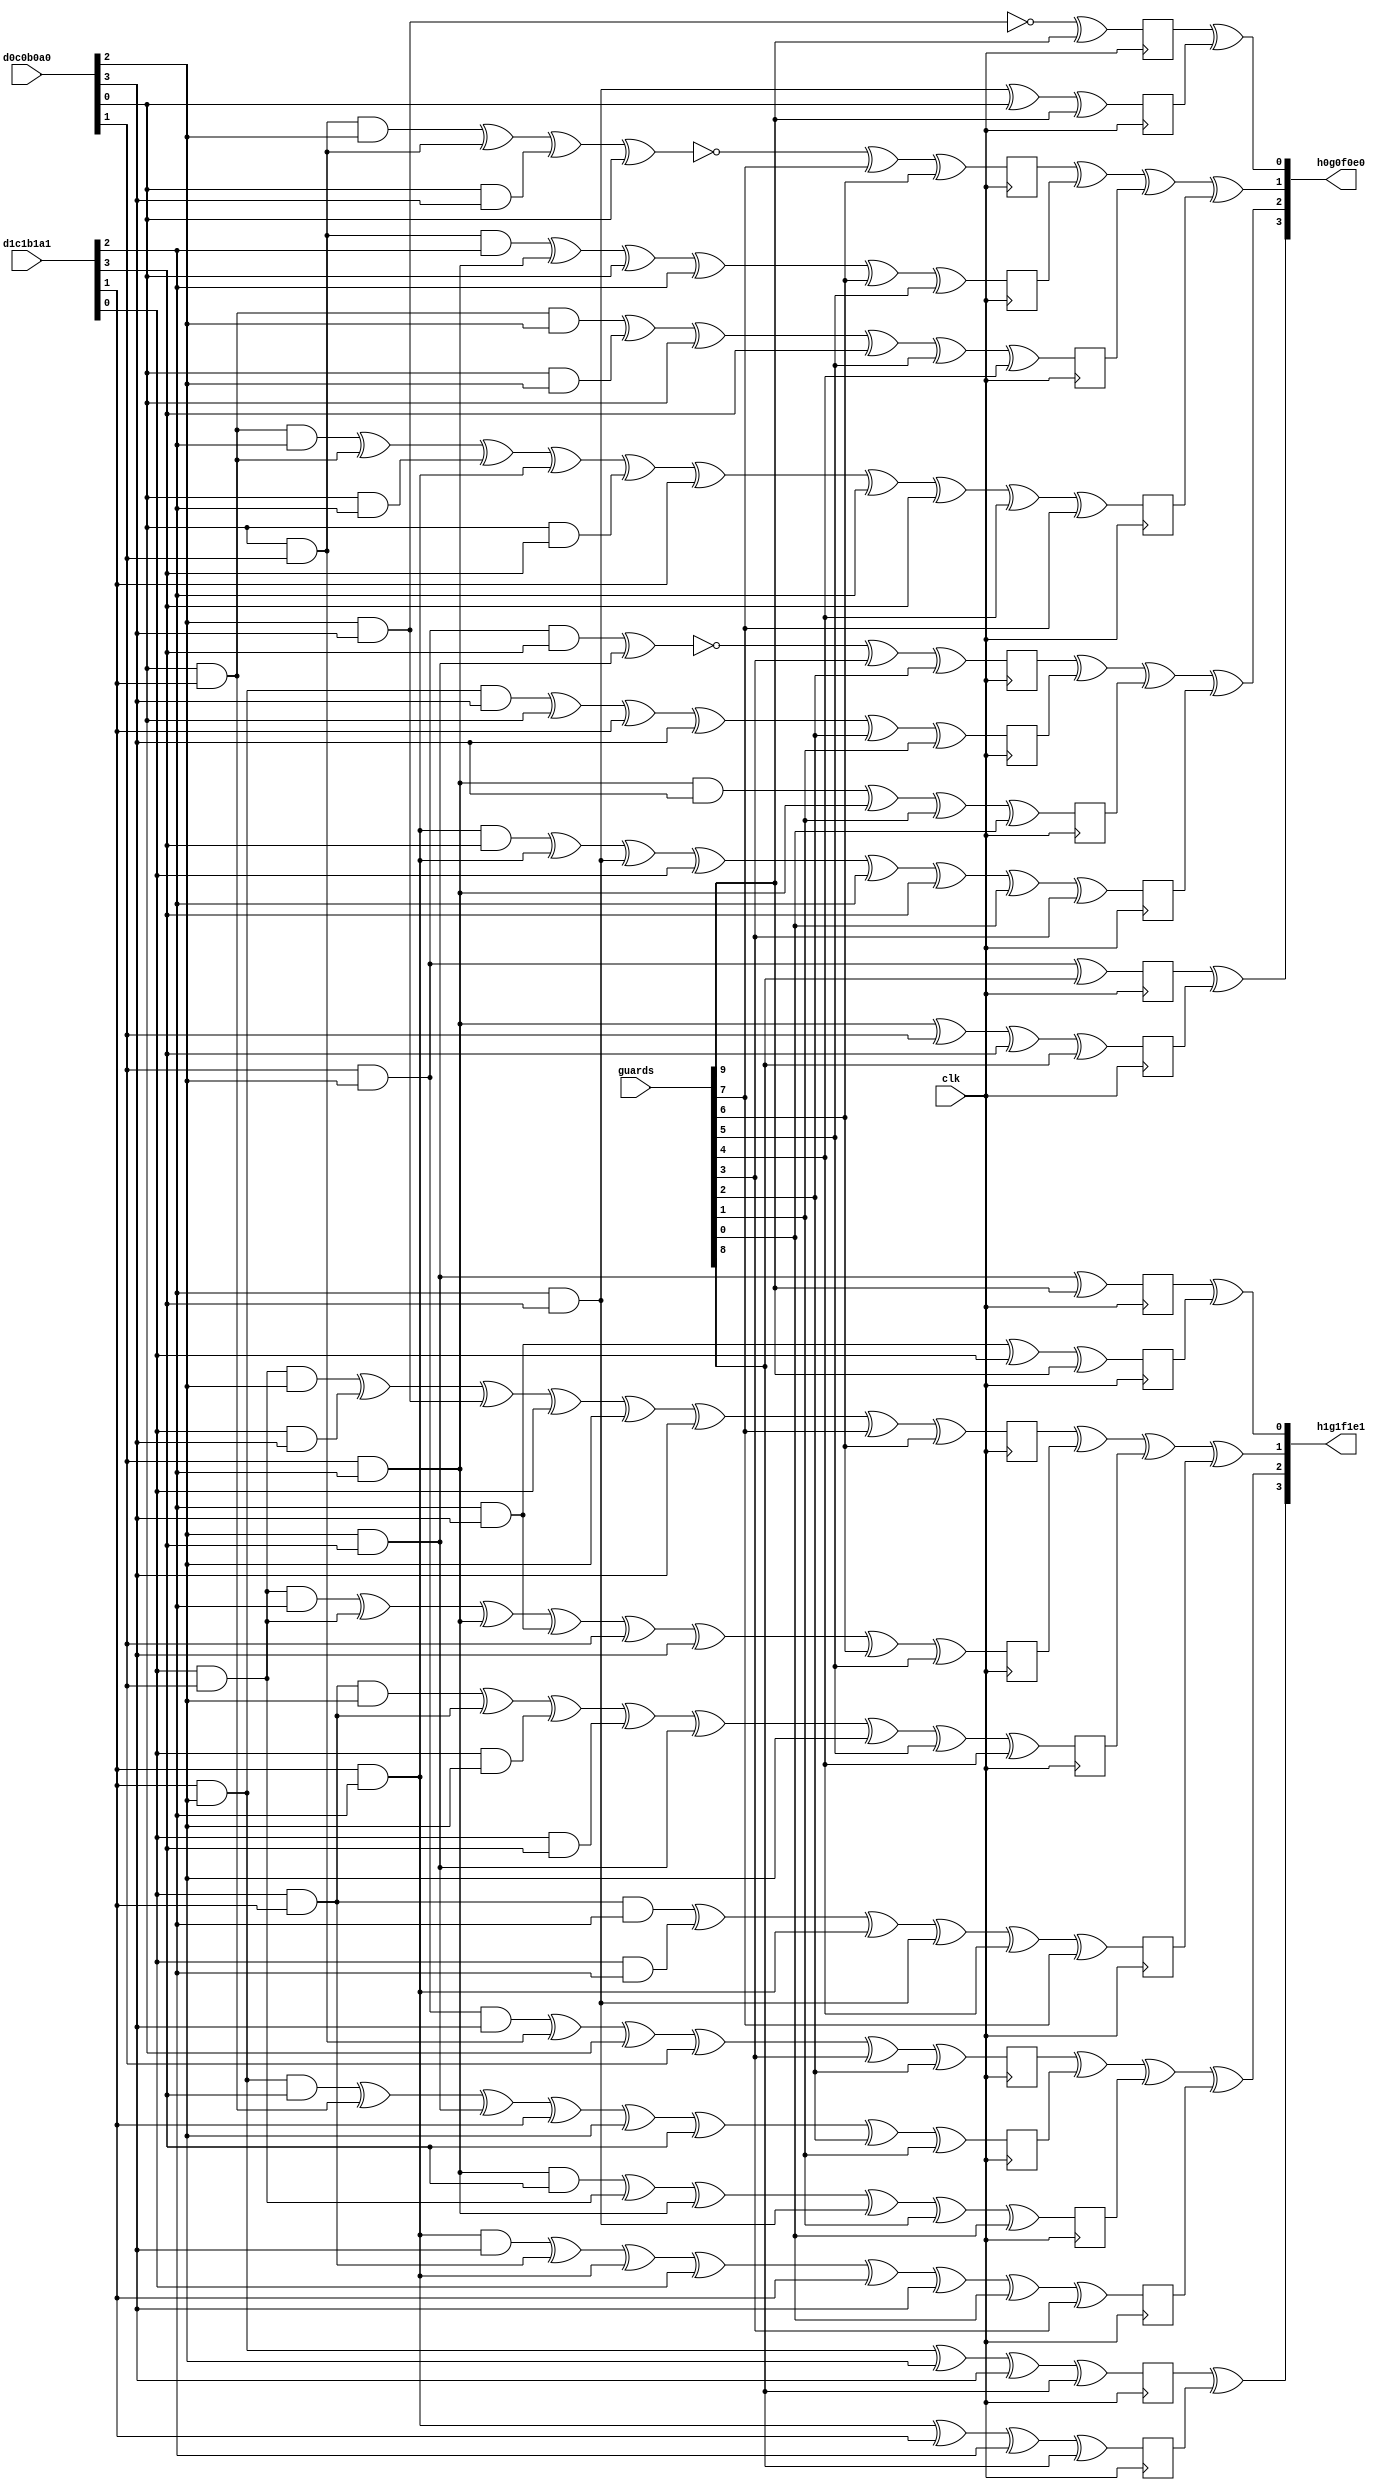
`timescale 1ns / 1ps
//////////////////////////////////////////////////////////////////////////////////
// Company: 
// Engineer: 
// 
// Design Name: 
// Module Name:    SharedSbox 
// Project Name: 
// Target Devices: 
// Tool versions: 
// Description: 
//
// Dependencies: 
//
// Revision: 
// Revision 0.01 - File Created
// Additional Comments: 
//
//////////////////////////////////////////////////////////////////////////////////
module SharedSbox(
	input				clk,
	
	input	[03:00]		d0c0b0a0,
	input	[03:00]		d1c1b1a1,
	
	input	[09:00]		guards,
	
	output	[03:00]		h0g0f0e0,
	output	[03:00]		h1g1f1e1
    );
	
	// intermediate
	wire 				d0, d1;
	wire 				c0, c1;
	wire 				b0, b1;
	wire 				a0, a1;
	
	wire				e0, e1, e2, e3;
	
	wire				f0, f1, f2, f3;
	wire				f4, f5, f6, f7;
	
	wire				g0, g1, g2, g3;
	wire				g4, g5, g6, g7;
	
	wire				h0, h1, h2, h3;
	
	reg					e0_r, e1_r, e2_r, e3_r;
	
	reg					f0_r, f1_r, f2_r, f3_r;
	reg					f4_r, f5_r, f6_r, f7_r;
	
	reg					g0_r, g1_r, g2_r, g3_r;
	reg					g4_r, g5_r, g6_r, g7_r;
	
	reg					h0_r, h1_r, h2_r, h3_r;
	
	wire				e0e1, e2e3;
	wire				f0f1f2f3, f4f5f6f7;
	wire				g0g1g2g3, g4g5g6g7;
	wire				h0h1, h2h3;
	
	wire 				rj;
	wire 				ri;
					
	wire 				rh;
	wire 				rg;
	wire 				rf;
	wire 				re;
					
	wire 				rd;
	wire 				rc;
	wire 				rb;
	wire 				ra;
	
	assign rj = guards[9];
	assign ri = guards[8];
	
	assign rh = guards[7];
	assign rg = guards[6];
	assign rf = guards[5];
	assign re = guards[4];
	
	assign rd = guards[3];
	assign rc = guards[2];
	assign rb = guards[1];
	assign ra = guards[0];
	
	assign d0 = d0c0b0a0[3];
	assign c0 = d0c0b0a0[2];
	assign b0 = d0c0b0a0[1];
	assign a0 = d0c0b0a0[0];
	
	assign d1 = d1c1b1a1[3];
	assign c1 = d1c1b1a1[2];
	assign b1 = d1c1b1a1[1];
	assign a1 = d1c1b1a1[0];
	
	assign e0 = (c0 & d0) ^ 1'b1 ^ rj;
	assign e1 = (c1 & d1) ^ a0   ^ rj;
	assign e2 = (c0 & d1)        ^ rj;
	assign e3 = (c1 & d0) ^ a1   ^ rj;
	
	assign f0 = (a0 & b0 & c0) ^ (a0 & b0) ^ (a0 & d0)                         ^ a0 ^ 1'b1    ^ rh ^ rg;
	assign f1 = (a0 & b0 & c1)                         ^ (b0 & c1)             ^ a0 ^ c1      ^ rg ^ rf;
	assign f2 = (a0 & b1 & c0)             ^ (a0 & c0)                         ^ a0 ^ d1      ^ rf ^ re;
	assign f3 = (a0 & b1 & c1) ^ (a0 & b1) ^ (a0 & c1) ^ (b1 & c1) ^ (a0 & d1) ^ b1 ^ c1 ^ d1 ^ re ^ rh;
	
	assign f4 = (a1 & b0 & c0) ^ (a1 & d0) ^ (c0 & d0) 						   ^ a1 ^ c0 ^ d0 ^ rh ^ rg;
	assign f5 = (a1 & b0 & c1) ^ (a1 & b0) ^ (b0 & c1) ^ (c1 & d0) 			   ^ b0 ^ d0      ^ rg ^ rf;
	assign f6 = (a1 & b1 & c0) ^ (a1 & b1) ^ (a1 & c0) ^ (a1 & d1) ^ (c0 & d1) ^ c0           ^ rf ^ re;
	assign f7 = (a1 & b1 & c1) ^ (a1 & c1) ^ (b1 & c1) ^ (c1 & d1)                            ^ re ^ rh;
	
	assign g0 = (b0 & c0 & d1) ^ (c0 & d1) 											^ 1'b1    ^ rd ^ rc;
	assign g1 = (b1 & c0 & d0) ^ a0 ^ b1 ^ d0 												  ^ rc ^ rb;
	assign g2 = (b0 & c1 & d0) ^ (b0 & c1) 													  ^ rb ^ ra;
	assign g3 = (b1 & c1 & d1) ^ (b1 & c1) ^ (c1 & d1) ^ a1 ^ c1 ^ d1 						  ^ ra ^ rd;
	
	assign g4 = (b0 & c0 & d0) ^ (a0 & b0) ^ a0 ^ b0 										  ^ rd ^ rc;
	assign g5 = (b1 & c0 & d1) ^ (a0 & b1) ^ (c0 & d1) ^ b1 ^ c0 ^ d1 						  ^ rc ^ rb;
	assign g6 = (b0 & c1 & d1) ^ (a1 & b0) ^ (b0 & c1) ^ (c1 & d1) 							  ^ rb ^ ra;
	assign g7 = (b1 & c1 & d0) ^ (a1 & b1) ^ (b1 & c1) ^ a1 ^ b1 ^ d0 						  ^ ra ^ rd;
	
	assign h0 = (b0 & c0)           ^ ri;
	assign h1 = (b0 & c1) ^ b0 ^ d1 ^ ri;
	assign h2 = (b1 & c0) ^ c0 ^ d0 ^ ri;
	assign h3 = (b1 & c1) ^ b1 ^ c1 ^ ri;
	
	// store
	always @(posedge clk) e0_r <= e0;
	always @(posedge clk) e1_r <= e1;
	always @(posedge clk) e2_r <= e2;
	always @(posedge clk) e3_r <= e3;
	
	always @(posedge clk) f0_r <= f0;
	always @(posedge clk) f1_r <= f1;
	always @(posedge clk) f2_r <= f2;
	always @(posedge clk) f3_r <= f3;
	always @(posedge clk) f4_r <= f4;
	always @(posedge clk) f5_r <= f5;
	always @(posedge clk) f6_r <= f6;
	always @(posedge clk) f7_r <= f7;
	
	always @(posedge clk) g0_r <= g0;
	always @(posedge clk) g1_r <= g1;
	always @(posedge clk) g2_r <= g2;
	always @(posedge clk) g3_r <= g3;
	always @(posedge clk) g4_r <= g4;
	always @(posedge clk) g5_r <= g5;
	always @(posedge clk) g6_r <= g6;
	always @(posedge clk) g7_r <= g7;
	
	always @(posedge clk) h0_r <= h0;
	always @(posedge clk) h1_r <= h1;
	always @(posedge clk) h2_r <= h2;
	always @(posedge clk) h3_r <= h3;
	
	assign e0e1 = e0_r ^ e1_r;
	assign e2e3 = e2_r ^ e3_r;
	
	assign f0f1f2f3 = f0_r ^ f1_r ^ f2_r ^ f3_r;
	assign f4f5f6f7 = f4_r ^ f5_r ^ f6_r ^ f7_r;
	
	assign g0g1g2g3 = g0_r ^ g1_r ^ g2_r ^ g3_r;
	assign g4g5g6g7 = g4_r ^ g5_r ^ g6_r ^ g7_r;
	
	assign h0h1 = h0_r ^ h1_r;
	assign h2h3 = h2_r ^ h3_r;
	
	assign h0g0f0e0 = {h0h1, g0g1g2g3, f0f1f2f3, e0e1};
	assign h1g1f1e1 = {h2h3, g4g5g6g7, f4f5f6f7, e2e3};
	
endmodule